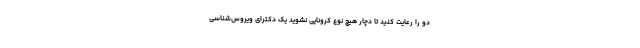
دو را رعایت کنید تا دچار هیچ نوع کرونایی نشوید یک دکترای ویروس‌شناسی